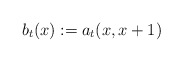
\begin{align*}b_t(x):=a_t(x,x+1)\end{align*}